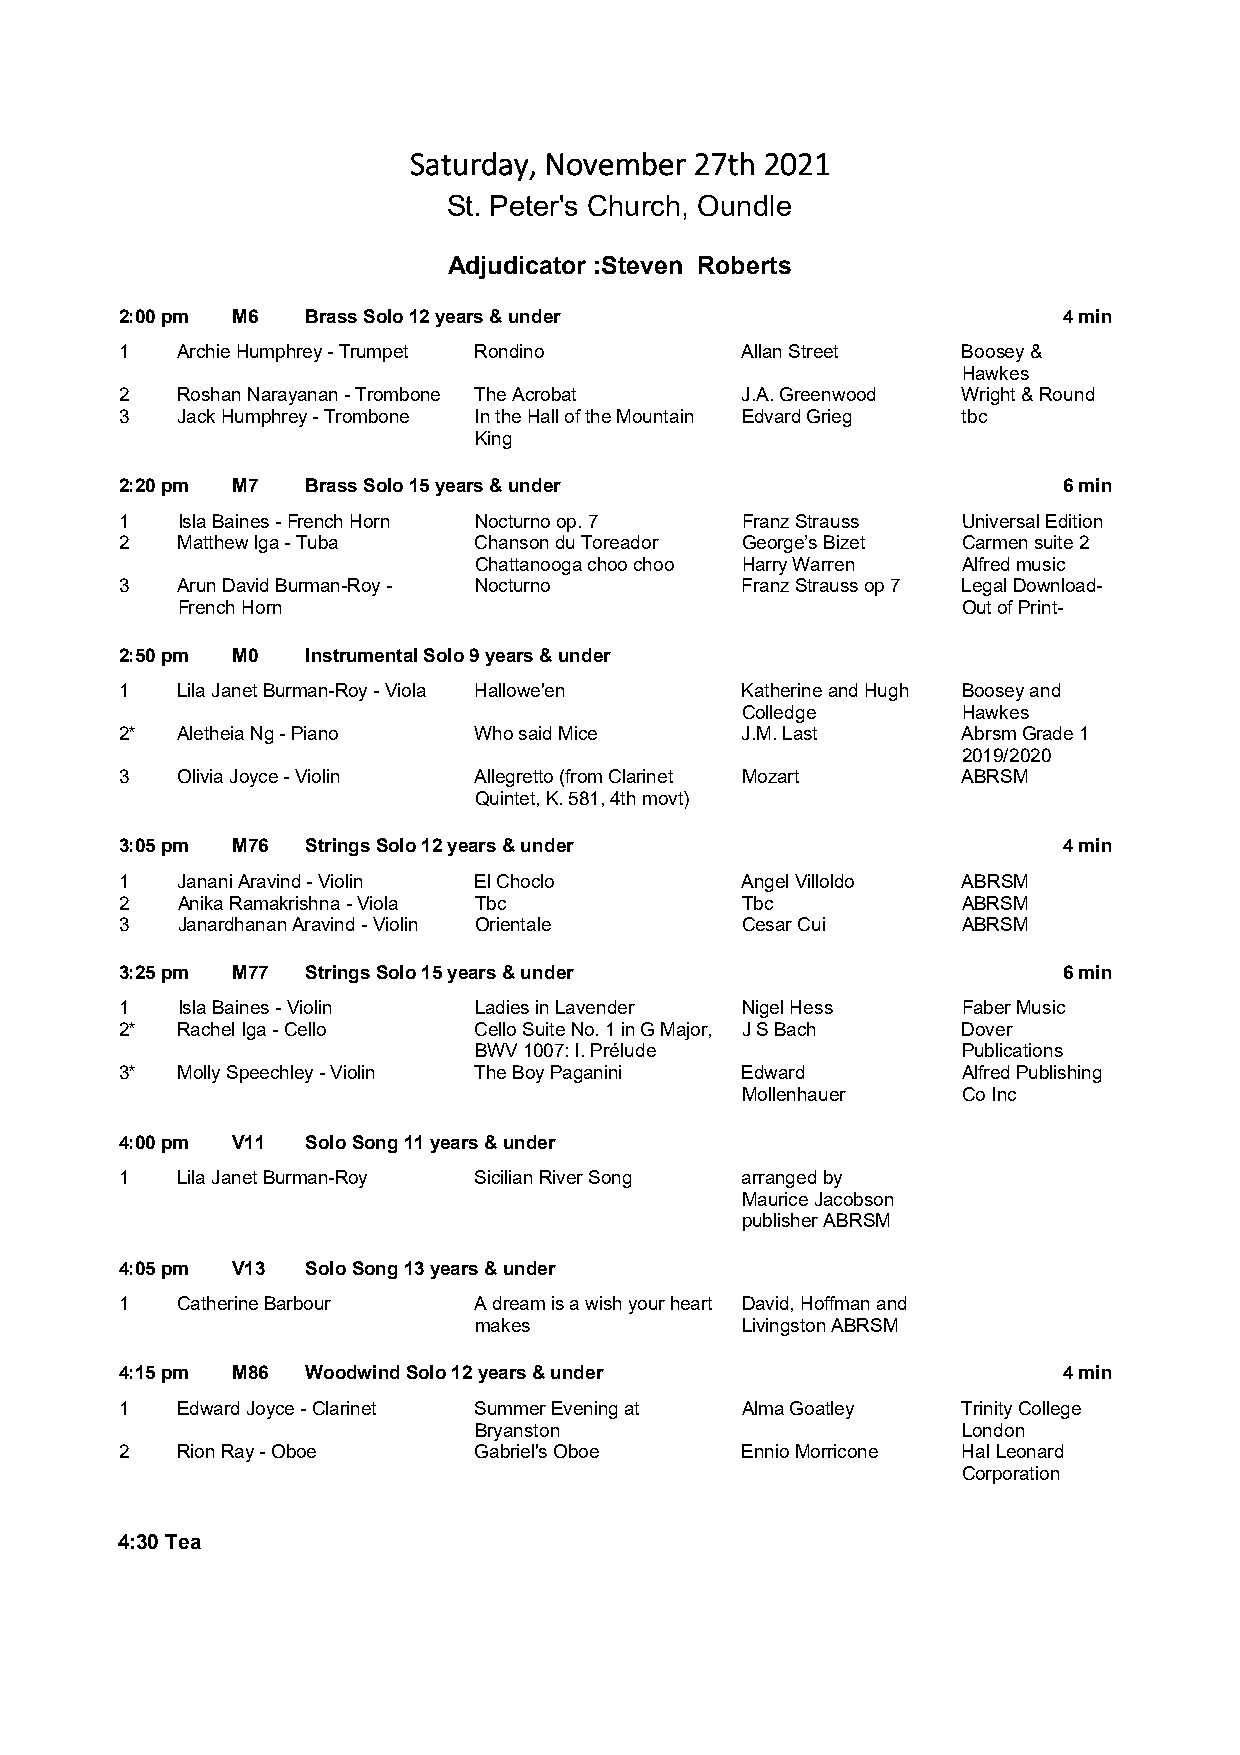
Saturday, November 27th 2021
 St. Peter's Church, Oundle
 Adjudicator :Steven Roberts
 2:00 pm M6  Brass Solo 12 years & under                       4 min
 1   Archie Humphrey - Trumpet Rondino    Allan Street   Boosey &
 Hawkes
 2   Roshan Narayanan - Trombone The Acrobat J.A. Greenwood Wright & Round
 3   Jack Humphrey - Trombone In the Hall of the Mountain Edvard Grieg tbc
 King
 2:20 pm M7  Brass Solo 15 years & under                       6 min
 1   Isla Baines - French Horn Nocturno op. 7 Franz Strauss Universal Edition
 2   Matthew Iga - Tuba Chanson du Toreador George’s Bizet Carmen suite 2
 Chattanooga choo choo Harry Warren Alfred music
 3   Arun David Burman-Roy - Nocturno     Franz Strauss op 7 Legal Download-
 French Horn                                         Out of Print-
 2:50 pm M0  Instrumental Solo 9 years & under
 1   Lila Janet Burman-Roy - Viola Hallowe'en Katherine and Hugh Boosey and
 Colledge       Hawkes
 2*  Aletheia Ng - Piano Who said Mice    J.M. Last      Abrsm Grade 1
 2019/2020
 3   Olivia Joyce - Violin Allegretto (from Clarinet Mozart ABRSM
 Quintet, K. 581, 4th movt)
 3:05 pm M76 Strings Solo 12 years & under                     4 min
 1   Janani Aravind - Violin El Choclo    Angel Villoldo ABRSM
 2   Anika Ramakrishna - Viola Tbc        Tbc            ABRSM
 3   Janardhanan Aravind - Violin Orientale Cesar Cui    ABRSM
 3:25 pm M77 Strings Solo 15 years & under                     6 min
 1   Isla Baines - Violin Ladies in Lavender Nigel Hess  Faber Music
 2*  Rachel Iga - Cello Cello Suite No. 1 in G Major, J S Bach Dover
 BWV 1007: I. Prélude             Publications
 3*  Molly Speechley - Violin The Boy Paganini Edward    Alfred Publishing
 Mollenhauer    Co Inc
 4:00 pm V11 Solo Song 11 years & under
 1   Lila Janet Burman-Roy Sicilian River Song arranged by
 Maurice Jacobson
 publisher ABRSM
 4:05 pm V13 Solo Song 13 years & under
 1   Catherine Barbour  A dream is a wish your heart David, Hoffman and
 makes             Livingston ABRSM
 4:15 pm M86 Woodwind Solo 12 years & under                    4 min
 1   Edward Joyce - Clarinet Summer Evening at Alma Goatley Trinity College
 Bryanston                        London
 2   Rion Ray - Oboe    Gabriel's Oboe    Ennio Morricone Hal Leonard
 Corporation
 4:30 Tea